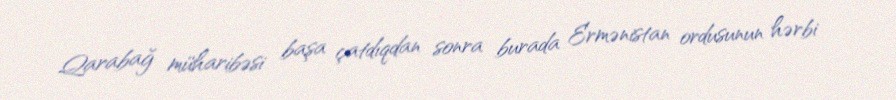
Qarabağ müharibəsi başa çatdıqdan sonra burada Ermənistan ordusunun hərbi